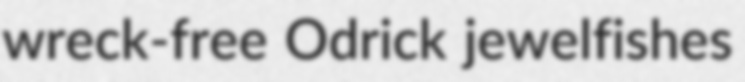
wreck-free Odrick jewelfishes